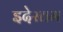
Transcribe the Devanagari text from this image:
इदेस्तम